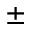
\pm